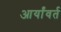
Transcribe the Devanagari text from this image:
आर्यांवर्त